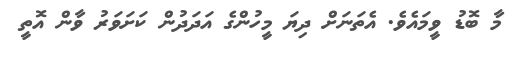
މާ ބޮޑު ވީމައެވެ. އެތަނަށް ދިޔަ މީހުންގެ އަދަދުން ކަށަވަރު ވާން އޮތީ